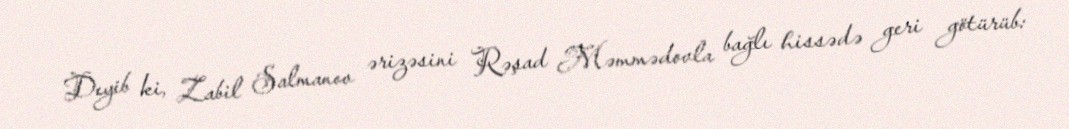
Deyib ki, Zabil Salmanov ərizəsini Rəşad Məmmədovla bağlı hissədə geri götürüb: